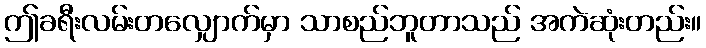
ဤခရီးလမ်းတလျှောက်မှာ သာစည်ဘူတာသည် အကဲဆုံးတည်း။